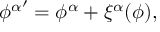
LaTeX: { \phi ^ { \alpha } } ^ { \prime } = \phi ^ { \alpha } + \xi ^ { \alpha } ( \phi ) ,